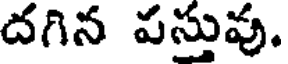
దగిన పస్తువు.